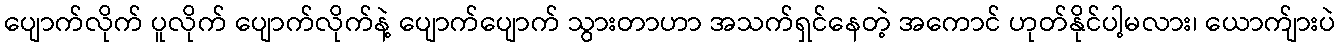
ပျောက်လိုက် ပူလိုက် ပျောက်လိုက်နဲ့ ပျောက်ပျောက် သွားတာဟာ အသက်ရှင်နေတဲ့ အကောင် ဟုတ်နိုင်ပါ့မလား၊ ယောက်ျားပဲ